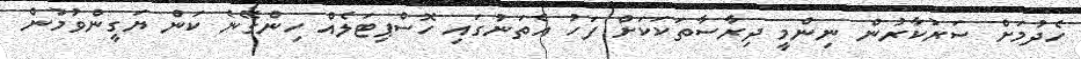
ހެދުމަށް ސަރުކާރުން ނިންމީ ދިރާސާތަކަކަށް ފަހު އެތަނުގައި ހޮސްޕިޓަލެއް ހިންގޭނެ ކަން ޔަގީންވުމުން